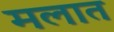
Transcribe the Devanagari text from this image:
मलात